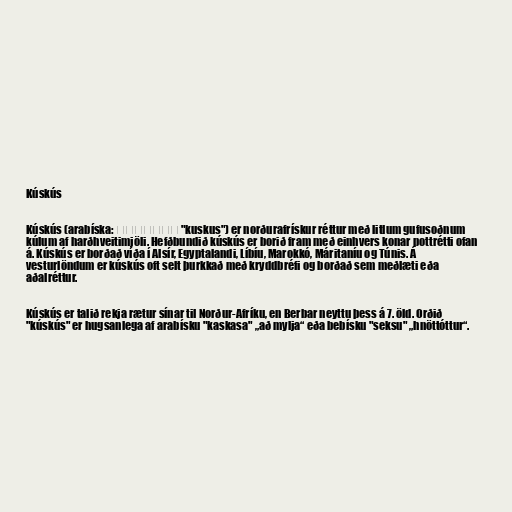
Kúskús

Kúskús (arabíska: كُسْكُس‎ "kuskus") er norðurafrískur réttur með litlum gufusoðnum
kúlum af harðhveitimjöli. Hefðbundið kúskús er borið fram með einhvers konar pottrétti ofan
á. Kúskús er borðað víða í Alsír, Egyptalandi, Líbíu, Marokkó, Máritaníu og Túnis. Á
vesturlöndum er kúskús oft selt þurkkað með kryddbréfi og borðað sem meðlæti eða
aðalréttur.

Kúskús er talið rekja rætur sínar til Norður-Afríku, en Berbar neyttu þess á 7. öld. Orðið
"kúskús" er hugsanlega af arabísku "kaskasa" „að mylja“ eða bebísku "seksu" „hnöttóttur“.